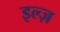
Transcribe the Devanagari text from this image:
इल्ज़